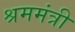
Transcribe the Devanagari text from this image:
श्रममंत्री